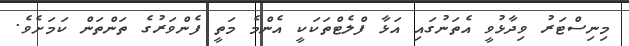
މިނިސްޓަރު ވިދާޅުވީ އެތަނުގައި އަޅާ ފްލެޓްތަކަކީ އެންމެ މަތީ ފެންވަރުގެ ތަންތަން ކަމަށެވެ.